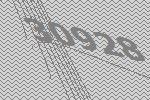
30928